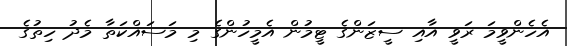
އެހެންވީމަ ރަވީ އާއި ސީޒަންގެ ޓީމުން އެމީހުންގެ މި މަސައްކަތާ މެދު ހިތުގެ